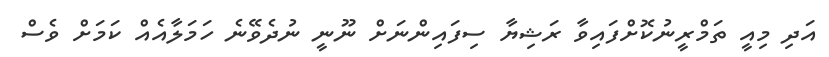
އަދި މިއީ ތަމްރީނުކޮށްފައިވާ ރަޝިޔާ ސިފައިންނަށް ނޫނީ ނުދެވޭނެ ހަމަލާއެއް ކަމަށް ވެސް